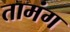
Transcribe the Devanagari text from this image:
तामंग